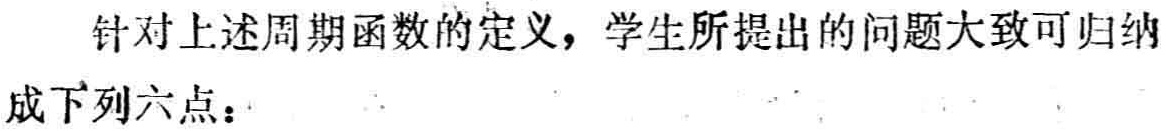
针对上述周期函数的定义，学生所提出的问题大致可归纳
成下列六点：